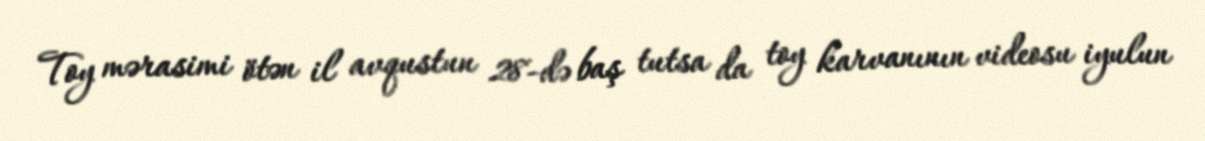
Toy mərasimi ötən il avqustun 28-də baş tutsa da toy karvanının videosu iyulun